Riigikantselei, lk 46
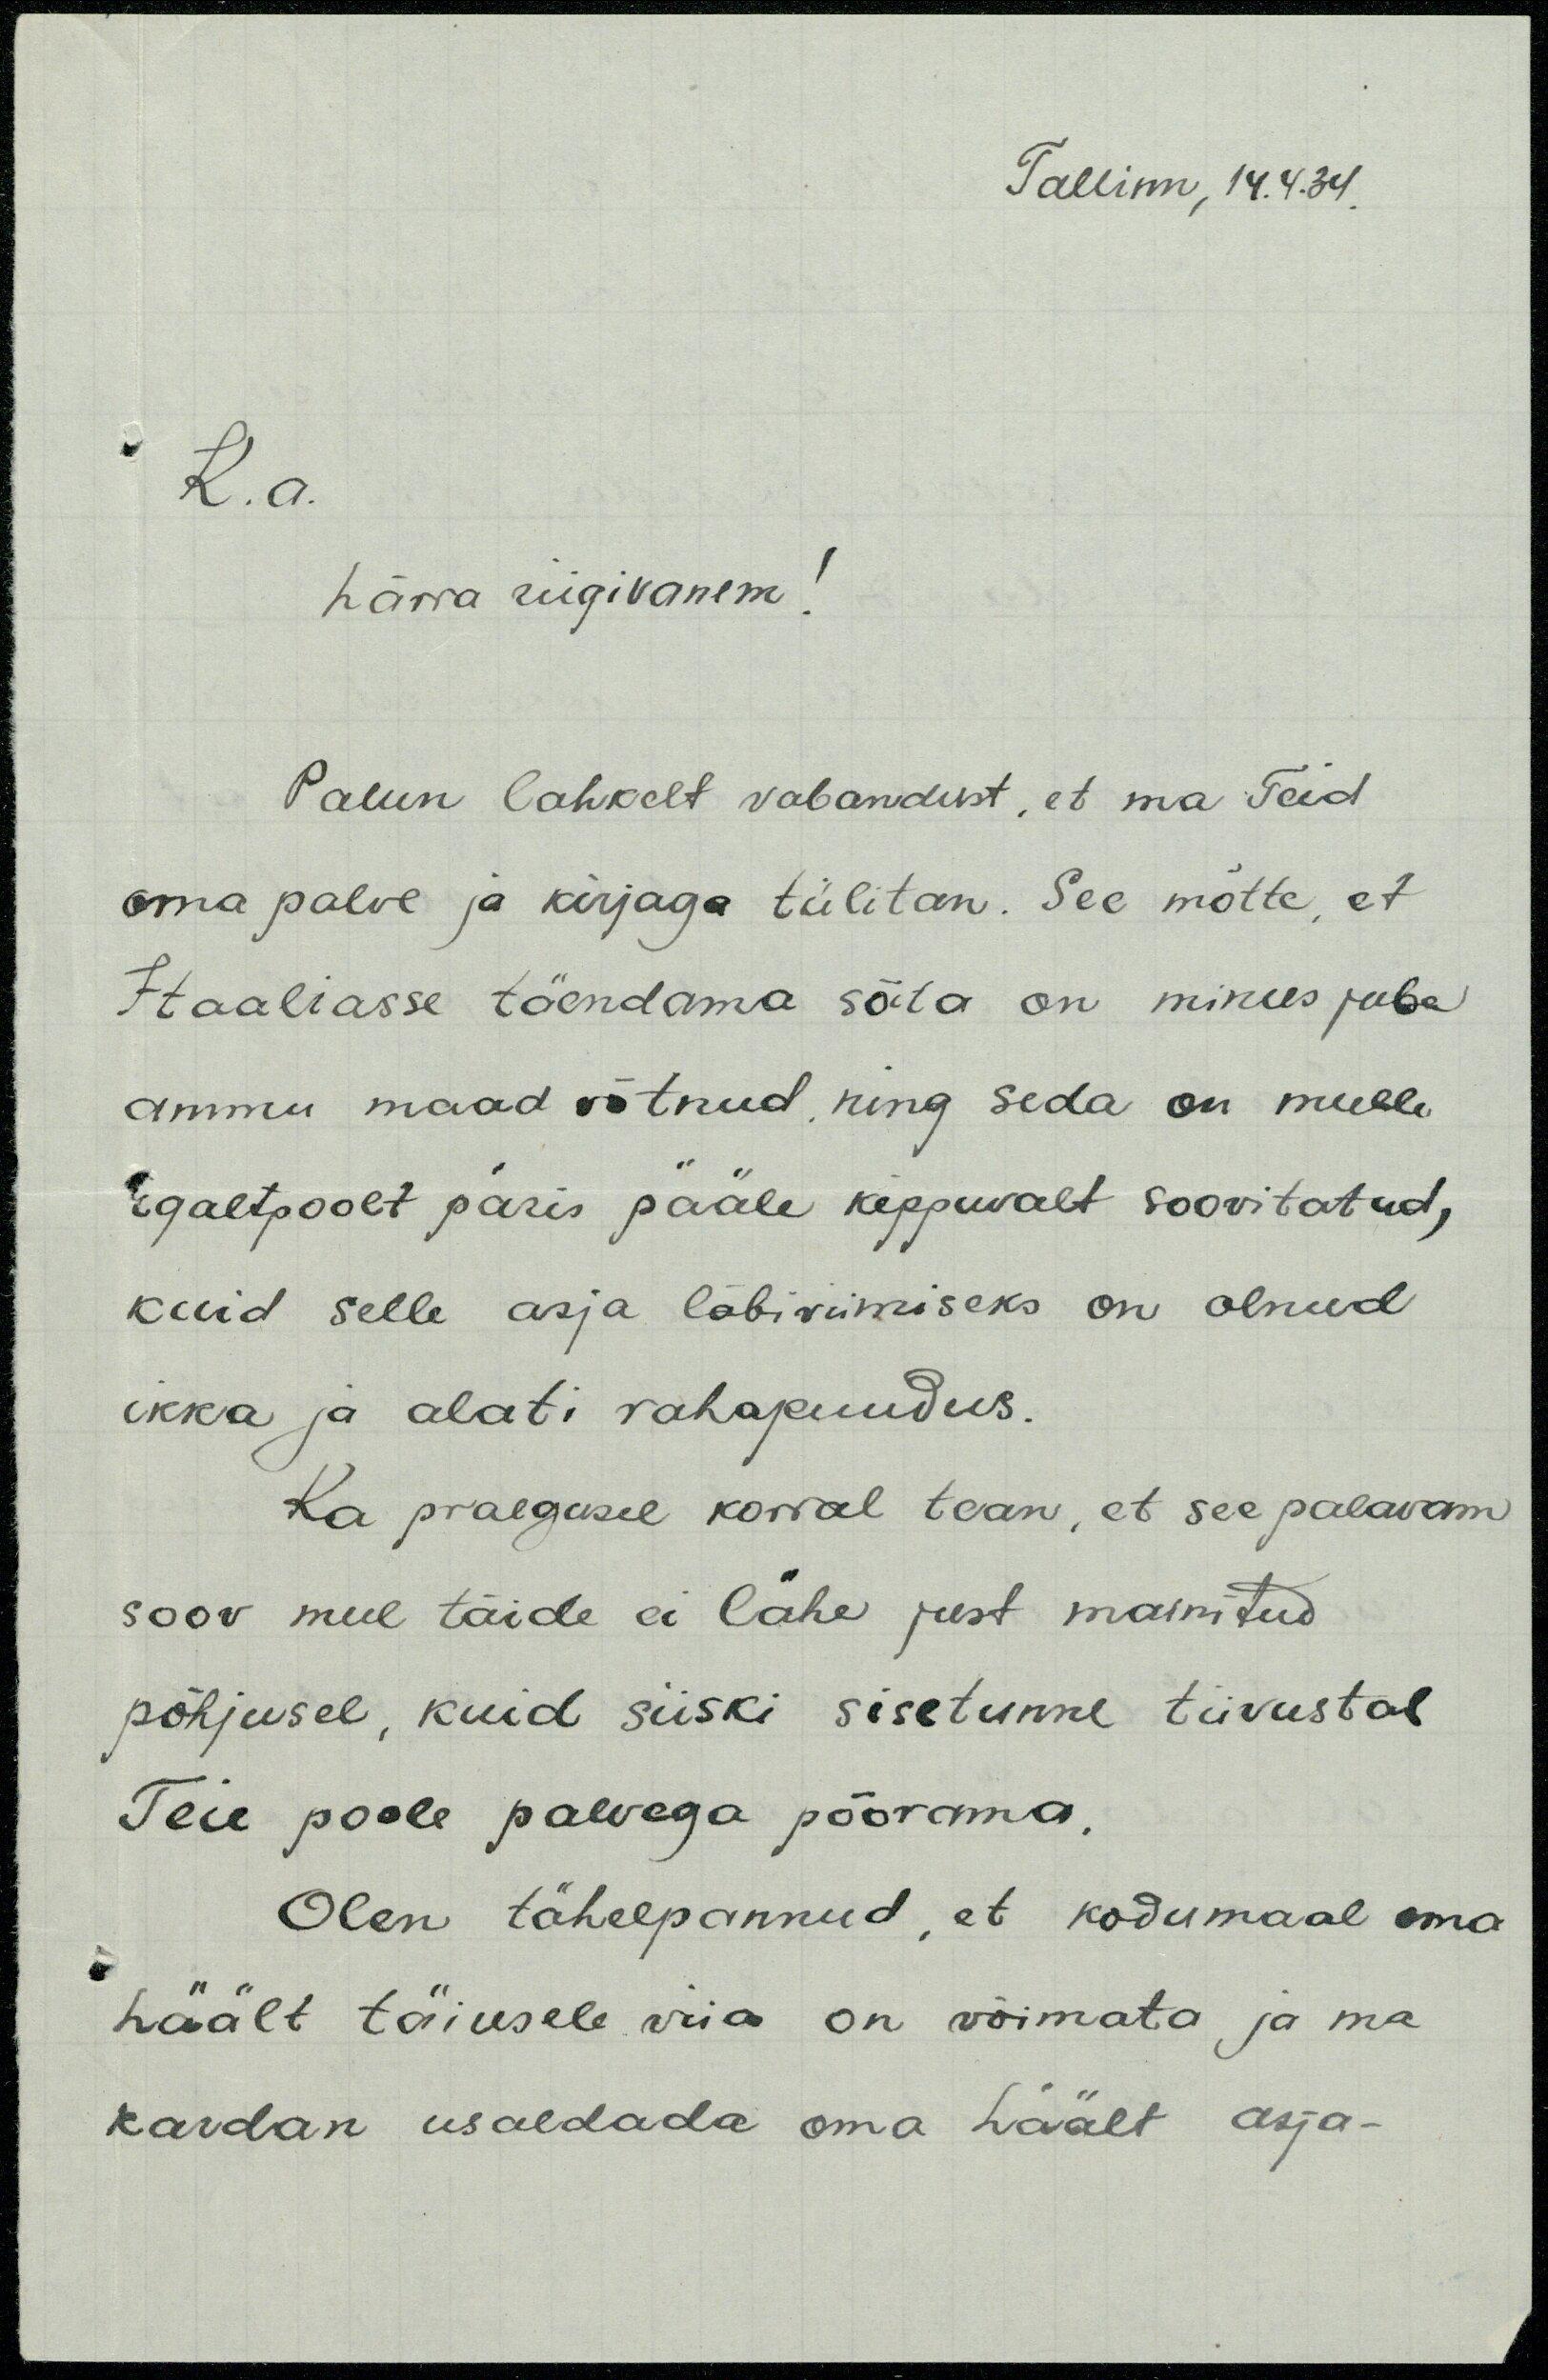
Tallinn, 14.4.34.
K.a.
härra riigivanem!
Palun lahkelt vabandust, et ma Teid
oma palve ja kirjaga tülitan. See mõtte, et
Itaaliasse täendama sõita on minus juba
ammu maad võtnud, ning seda on mulle
igaltpoolt päris pääle kippuvalt soovitatud,
kuid selle asja läbiviimiseks on olnud
ikka ja alati rahapuudus.
Ka praegusel korral tean, et see palavam
soov mul täide ei lähe just mainitud
põhjusel, kuid siiski sisetunne tiivustas
Teie poole palvega pöörama.
Olen tähelpannud, et kodumaal oma
häält täiusele viia on võimata ja ma
kardan usaldada oma häält asja-